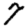
Digit: 7